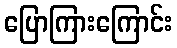
ပြောကြားကြောင်း